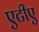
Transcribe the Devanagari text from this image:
एटीए